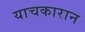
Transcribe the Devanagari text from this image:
याचकारान